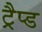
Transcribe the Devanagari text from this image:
ट्रैप्ड